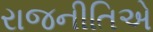
રાજનીતિએ